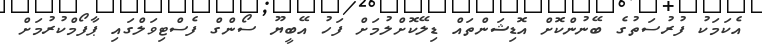
އެކަމަކު ފުރުސަތުގެ ބޭނުންކޮށް އޮޑިޝަންތައް ޑިލޭކޮށްލުމަށް ފަހު އޭބީޔޫ ސޯންގް ފެސްޓިވަލްގައި ޕާފޯމްކުރުމަށް